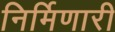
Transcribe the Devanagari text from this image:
निर्मिणारी